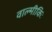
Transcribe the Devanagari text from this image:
वाल्मीकिः